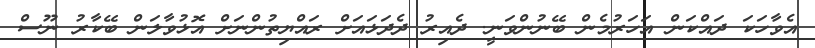
އެވާހަކަ ދައްކަން އަހަރުމެން ބޭނުންވަނީ. ދެއިރު ދެދަޅައަށް ރައްޔިތުންނަށް އޮޅުވާލަން ބޭކާރު ނޫސް